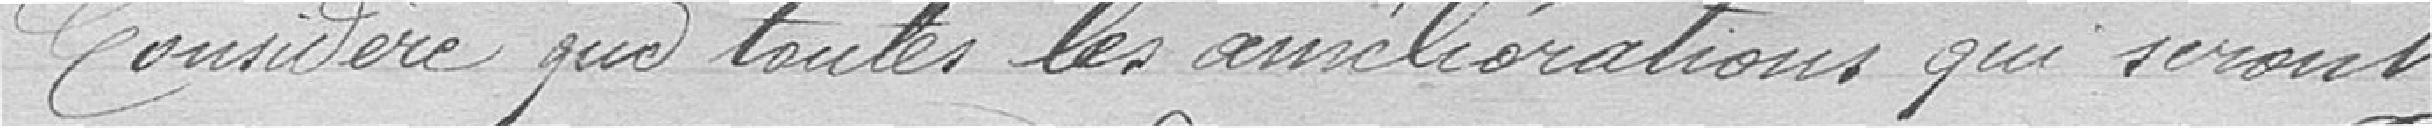
Considère que toutes les améliorations qui seront